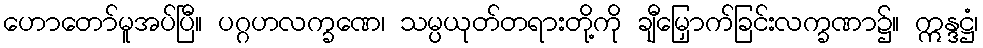
ဟောတော်မူအပ်ပြီ။ ပဂ္ဂဟလက္ခဏေ၊ သမ္ပယုတ်တရားတို့ကို ချီမြှောက်ခြင်းလက္ခဏာ၌။ ဣန္ဒဋ္ဌံ၊